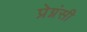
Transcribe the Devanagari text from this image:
प्रेग्नंसी